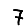
Digit: 7